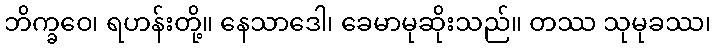
ဘိက္ခဝေ၊ ရဟန်းတို့။ နေသာဒေါ၊ ခေမာမုဆိုးသည်။ တဿ သုမုခဿ၊